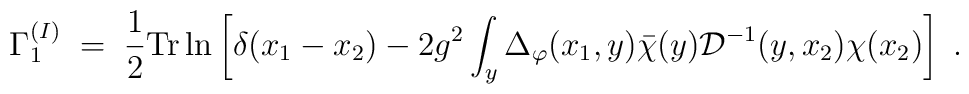
\Gamma_1^{(I)}\;=\; \frac{1}{2} {\rm Tr} \ln \left[ \delta(x_1-x_2) - 2 g^2 \int_y \Delta_\varphi(x_1,y) {\bar \chi}(y){\mathcal D}^{-1}(y,x_2) \chi(x_2) \right] \;.